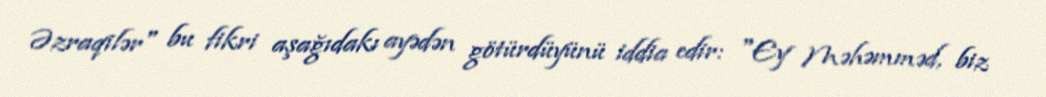
Əzraqilər" bu fikri aşağıdakı ayədən götürdüyünü iddia edir: "Ey Məhəmməd, biz